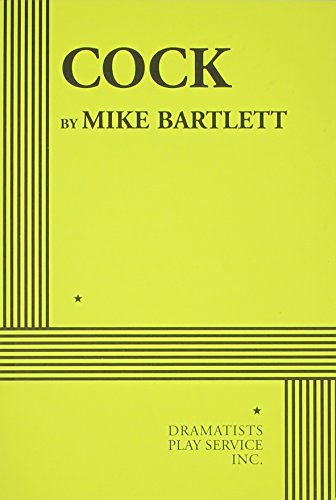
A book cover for Cock; Mike Bartlett; Humor & Entertainment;